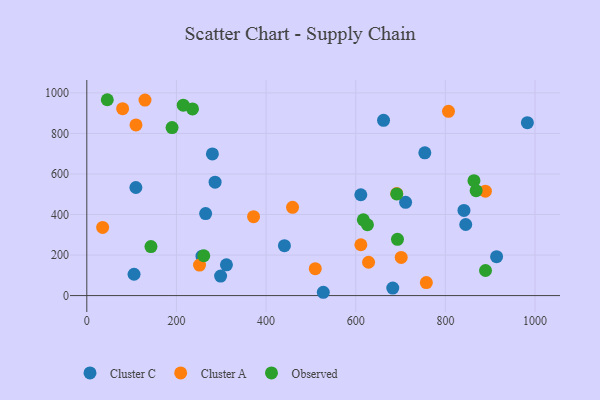
{"axis": {"x": "Speed", "y": "Rating"}, "legend": ["Cluster A", "Cluster C", "Observed"], "data": [{"x": "527.6", "y": 16.3, "type": "Cluster C"}, {"x": "754.1", "y": 704.3, "type": "Cluster C"}, {"x": "105.4", "y": 105.3, "type": "Cluster C"}, {"x": "265.1", "y": 404.7, "type": "Cluster C"}, {"x": "298.5", "y": 96.4, "type": "Cluster C"}, {"x": "311.5", "y": 151.7, "type": "Cluster C"}, {"x": "662.0", "y": 864.8, "type": "Cluster C"}, {"x": "286.2", "y": 559.5, "type": "Cluster C"}, {"x": "711.2", "y": 460.3, "type": "Cluster C"}, {"x": "841.4", "y": 420.2, "type": "Cluster C"}, {"x": "845.4", "y": 350.6, "type": "Cluster C"}, {"x": "682.6", "y": 37.1, "type": "Cluster C"}, {"x": "982.9", "y": 853.0, "type": "Cluster C"}, {"x": "280.2", "y": 698.9, "type": "Cluster C"}, {"x": "914.2", "y": 191.9, "type": "Cluster C"}, {"x": "611.3", "y": 497.5, "type": "Cluster C"}, {"x": "440.9", "y": 246.2, "type": "Cluster C"}, {"x": "257.0", "y": 194.3, "type": "Cluster C"}, {"x": "109.5", "y": 533.3, "type": "Cluster C"}, {"x": "611.4", "y": 250.9, "type": "Cluster A"}, {"x": "701.4", "y": 188.3, "type": "Cluster A"}, {"x": "509.7", "y": 132.6, "type": "Cluster A"}, {"x": "757.5", "y": 64.2, "type": "Cluster A"}, {"x": "459.0", "y": 435.4, "type": "Cluster A"}, {"x": "806.9", "y": 909.3, "type": "Cluster A"}, {"x": "628.6", "y": 164.5, "type": "Cluster A"}, {"x": "889.2", "y": 515.1, "type": "Cluster A"}, {"x": "372.0", "y": 389.4, "type": "Cluster A"}, {"x": "691.4", "y": 503.8, "type": "Cluster A"}, {"x": "109.7", "y": 842.1, "type": "Cluster A"}, {"x": "251.5", "y": 150.5, "type": "Cluster A"}, {"x": "35.3", "y": 336.4, "type": "Cluster A"}, {"x": "129.8", "y": 964.7, "type": "Cluster A"}, {"x": "79.9", "y": 922.1, "type": "Cluster A"}, {"x": "868.6", "y": 517.4, "type": "Observed"}, {"x": "626.1", "y": 349.6, "type": "Observed"}, {"x": "45.7", "y": 966.4, "type": "Observed"}, {"x": "863.7", "y": 566.8, "type": "Observed"}, {"x": "260.9", "y": 196.6, "type": "Observed"}, {"x": "235.8", "y": 921.2, "type": "Observed"}, {"x": "215.2", "y": 939.4, "type": "Observed"}, {"x": "190.2", "y": 829.2, "type": "Observed"}, {"x": "693.1", "y": 277.4, "type": "Observed"}, {"x": "889.5", "y": 123.7, "type": "Observed"}, {"x": "616.9", "y": 374.0, "type": "Observed"}, {"x": "691.5", "y": 501.4, "type": "Observed"}, {"x": "143.1", "y": 241.6, "type": "Observed"}]}